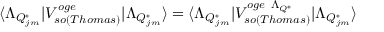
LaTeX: \langle \Lambda _ { Q _ { j m } ^ { * } } \vert V _ { s o ( T h o m a s ) } ^ { o g e } \vert \Lambda _ { Q _ { j m } ^ { * } } \rangle = \langle \Lambda _ { Q _ { j m } ^ { * } } \vert V _ { s o ( T h o m a s ) } ^ { o g e ~ \Lambda _ { Q ^ { * } } } \vert \Lambda _ { Q _ { j m } ^ { * } } \rangle